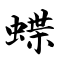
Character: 蝶